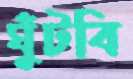
ঘুঁটবি